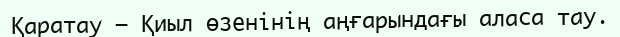
Қаратау – Қиыл өзенінің аңғарындағы аласа тау.